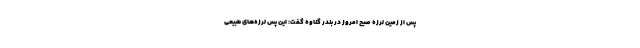
پس از زمین لرزه صبح امروز در بندر گناوه گفت: این پس لرزه‌های طبیعی